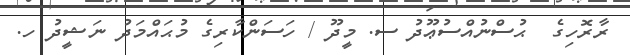
ރާރޮހިގެ  ޙުސްނުއްސުޢޫދު ސ. މީދޫ / ހަސަންކާރިގެ މުޙައްމަދު ނަޝީދު ހ.